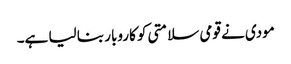
مودی نے قومی سلامتی کو کاروبار بنا لیا ہے۔